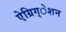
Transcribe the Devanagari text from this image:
ऐग्रिग्‌ेशन